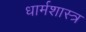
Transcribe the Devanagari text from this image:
धार्मशास्त्र